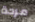
مرحة